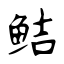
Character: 鲒